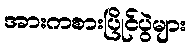
အားကစားပြိုင်ပွဲများ